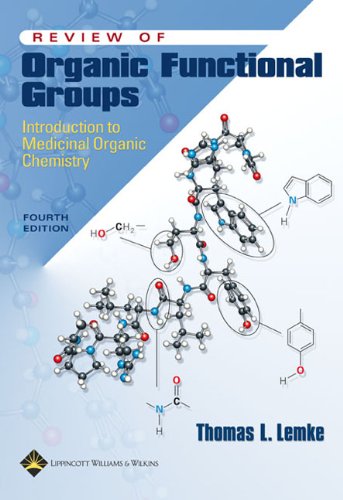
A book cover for Review of Organic Functional Groups: Introduction to Medicinal Organic Chemistry; Thomas L. Lemke PhD; Medical Books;